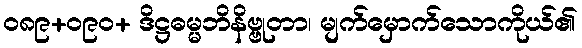
ဝ၈၉+ဝ၉၀+ ဒိဋ္ဌဓမ္မဘိနိဗ္ဗုတာ၊ မျက်မှောက်သောကိုယ်၏